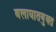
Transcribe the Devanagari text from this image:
बलाघातयुक्त